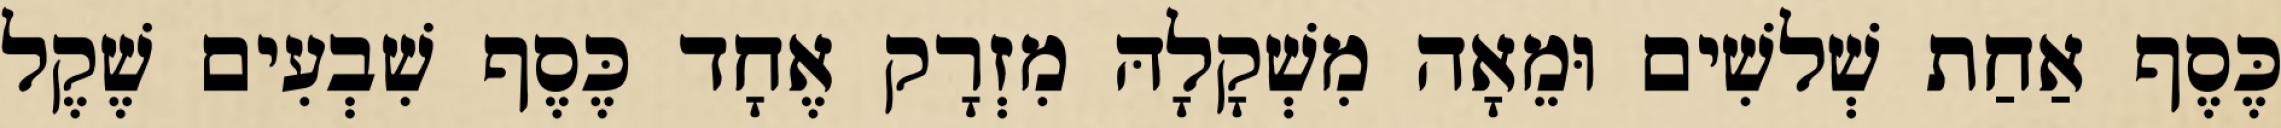
כֶּסֶף אַחַת שְׁלשִׁים וּמֵאָה מִשְׁקָלָהּ מִזְרָק אֶחָד כֶּסֶף שִׁבְעִים שֶׁקֶל